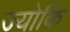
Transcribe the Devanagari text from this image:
ज्योकि